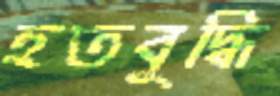
হতবুদ্ধি